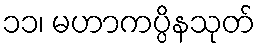
၁၁၊ မဟာကပ္ပိနသုတ်